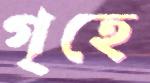
গৃহে